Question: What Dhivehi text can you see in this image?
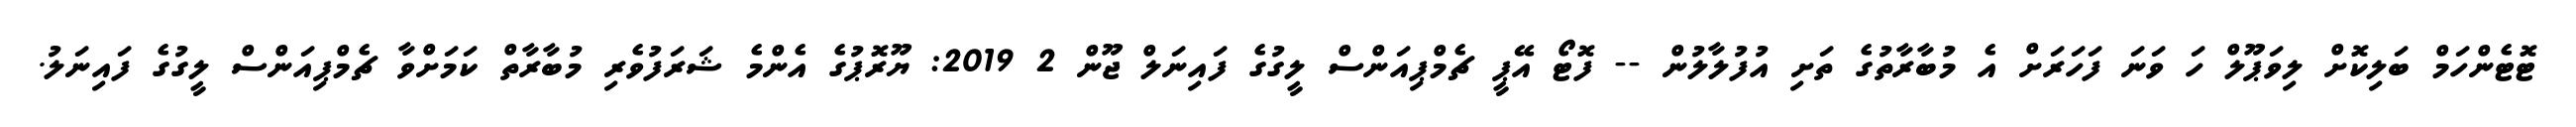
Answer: ޓޮޓެންހަމް ބަލިކޮށް ލިވަޕޫލް ހަ ވަނަ ފަހަރަށް އެ މުބާރާތުގެ ތަށި އުފުލާލުން -- ފޮޓޯ އޭޕީ ޗެމްޕިއަންސް ލީގުގެ ފައިނަލް ޖޫން 2 2019: ޔޫރޮޕުގެ އެންމެ ޝަރަފުވެރި މުބާރާތް ކަމަށްވާ ޗެމްޕިއަންސް ލީގުގެ ފައިނަލު.